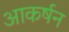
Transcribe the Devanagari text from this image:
आकर्षन